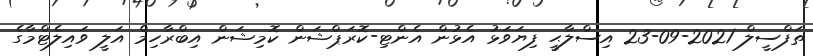
ތަފްސީލް 2021-09-23 އިސްލާޙީ ފިޔަވަޅު އެޅުން އެންޓި-ކޮރަޕްޝަން ކޮމިޝަން އިބްރާހިމް އަލީ ވައިލެޓްމާގެ